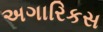
અગારિકસ